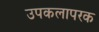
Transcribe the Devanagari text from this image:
उपकलापरक